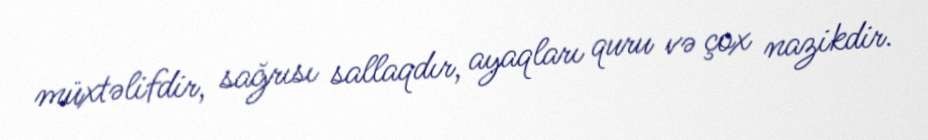
müxtəlifdir, sağrısı sallaqdır, ayaqları quru və çox nazikdir.